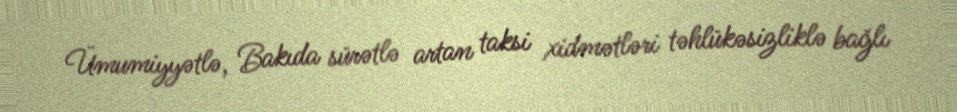
Ümumiyyətlə, Bakıda sürətlə artan taksi xidmətləri təhlükəsizliklə bağlı